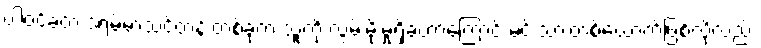
ပါဝင်ခဲ့တဲ့ ဒရမ်မာသင်တန်းတစ်ခုက သူ့ကို လွှမ်းမိုးမှုရှိခဲ့တာကြောင့် မင်းသားတစ်ယောက်ဖြစ်လို့လည်း